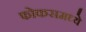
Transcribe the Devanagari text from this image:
फोकसमध्ये